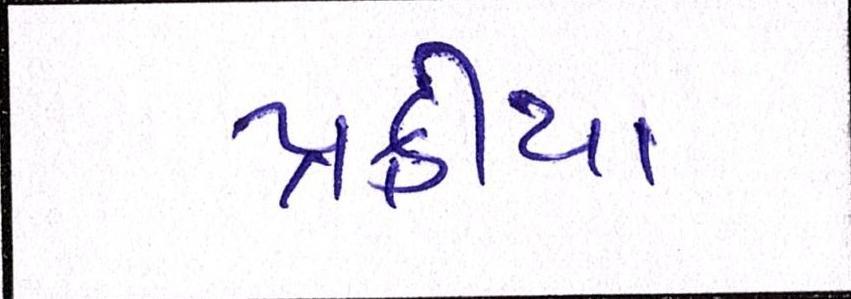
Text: પ્રક્રીયા